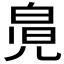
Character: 𰃎